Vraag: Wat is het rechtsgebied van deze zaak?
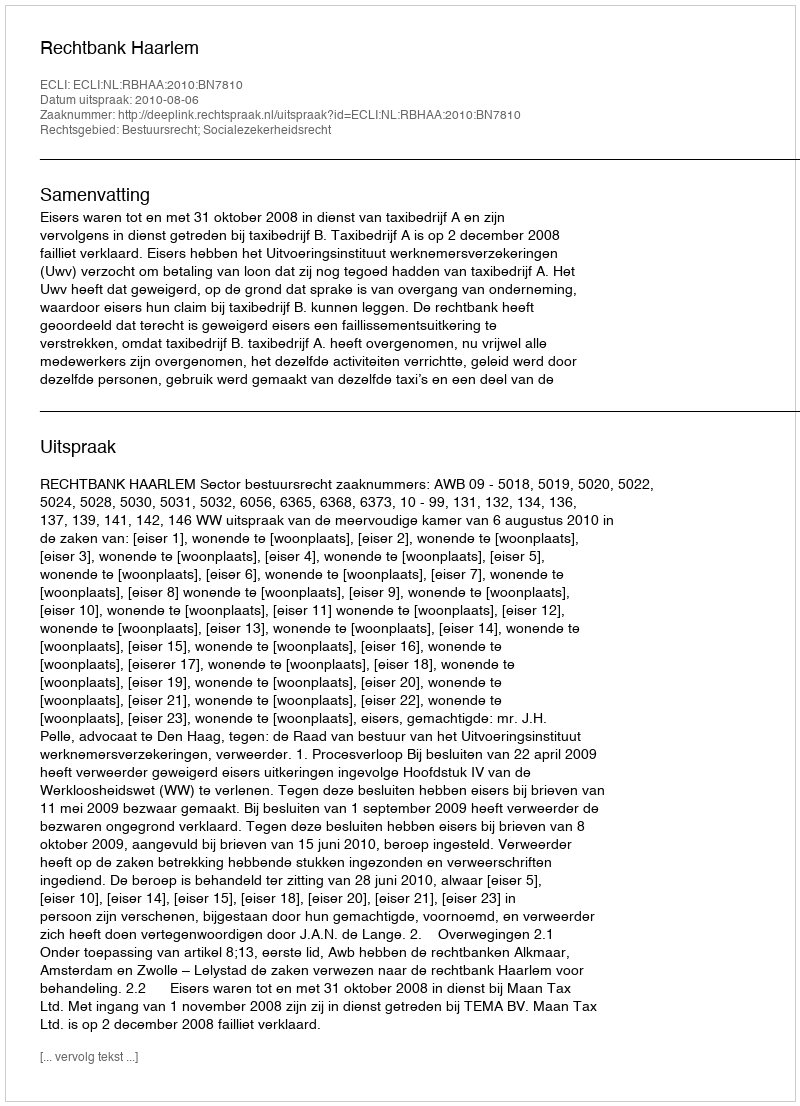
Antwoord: Bestuursrecht; Socialezekerheidsrecht